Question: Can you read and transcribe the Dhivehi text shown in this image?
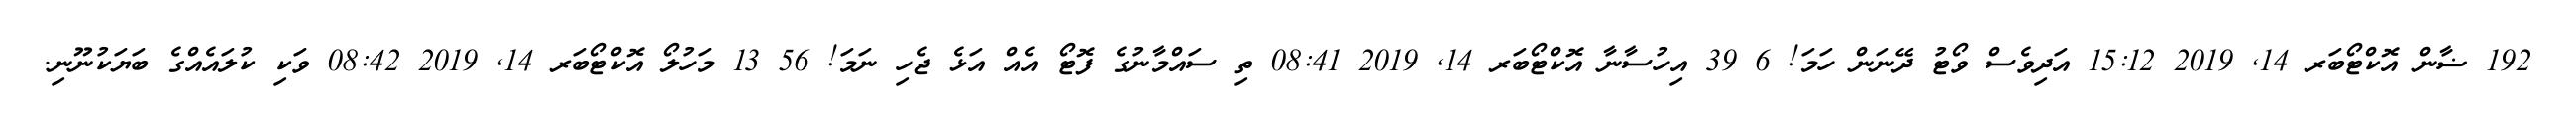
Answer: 192 ޟާން އޮކްޓޯބަރ 14, 2019 15:12 އަދިވެސް ވޯޓު ދޭނަން ހަމަ! 6 39 އިހުސާނާ އޮކްޓޯބަރ 14, 2019 08:41 ތި ސައްމާނުގެ ފޮޓޯ އެއް އަޅެ ޖެހި ނަމަ! 56 13 މަހުލޯ އޮކްޓޯބަރ 14, 2019 08:42 ވަކި ކުލައެއްގެ ބަޔަކުނޫނި.